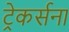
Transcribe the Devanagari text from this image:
ट्रेकर्सना